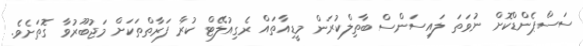
ސަސްޕެންޑްކޮށް ނުވަތަ ލައިސަންސް ބާތިލްކުރަން މީޑިއާތައް ރެގިއުލޭޓް ކުރާ ފަރާތްތަކަށް މަޖުބޫރުވާ ގޮތަށެވެ.